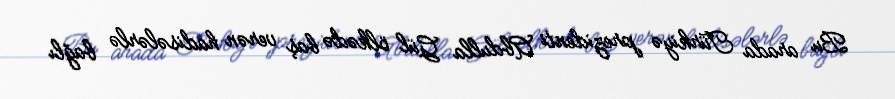
Bu arada Türkiyə prezidenti Abdulla Gül ölkədə baş verən hadisələrlə bağlı